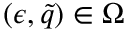
( \epsilon , \tilde { q } ) \in \Omega